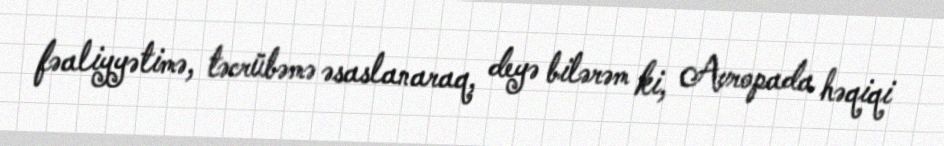
fəaliyyətimə, təcrübəmə əsaslanaraq, deyə bilərəm ki, Avropada həqiqi